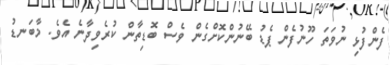
ފެންފުޅި ނުވަތަ ހޫނުފެން ޕެޑު ބޭނުންކޮށްގެން ވެސް ބޮޑިތާން ކުރެވިދާނެ އެވެ. މާބަނޑު